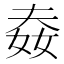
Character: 𡝉